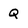
Character: Q